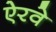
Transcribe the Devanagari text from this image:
ऐरवे